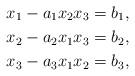
LaTeX: \begin{align*}x_1-a_1x_2x_3=b_1,\\x_2-a_2x_1x_3=b_2,\\x_3-a_3x_1x_2=b_3,\end{align*}